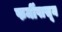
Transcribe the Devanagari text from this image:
फर्मीपासून